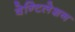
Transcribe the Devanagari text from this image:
वेन्टिलेशन